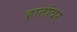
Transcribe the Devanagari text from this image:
हातांवर